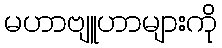
မဟာဗျူဟာများကို